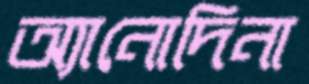
অ্যানোদিনা